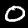
Digit: 0